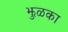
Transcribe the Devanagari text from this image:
झुळका